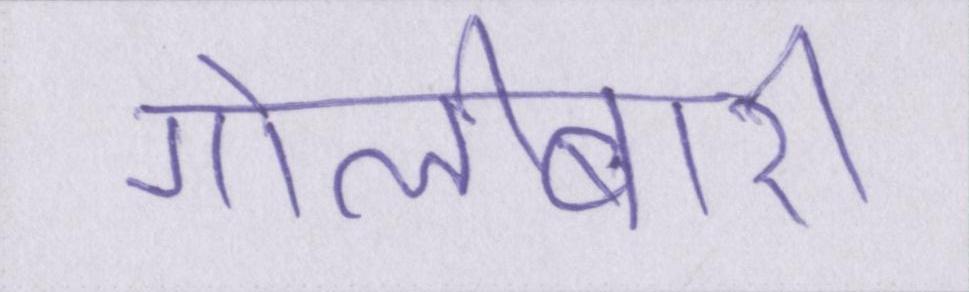
गोलीबारी